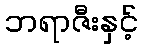
ဘရာဇီးနှင့်